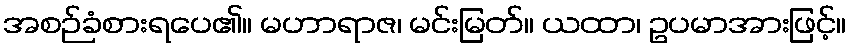
အစဉ်ခံစားရပေ၏။ မဟာရာဇ၊ မင်းမြတ်။ ယထာ၊ ဥပမာအားဖြင့်။